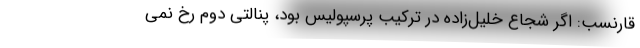
قارنسب: اگر شجاع خلیل‌زاده در ترکیب پرسپولیس بود، پنالتی دوم رخ نمی